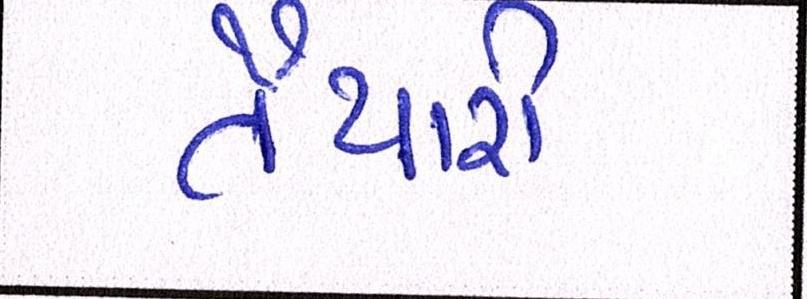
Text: તૈયારી